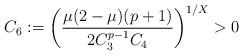
LaTeX: \begin{align*}C_6:=\left(\frac{\mu(2-\mu)(p+1)}{2C_3^{p-1}C_4}\right)^{1/X}>0\end{align*}